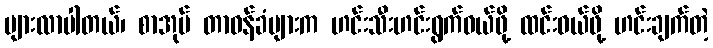
များလာပါတယ်၊ စာအုပ် တာဝန်ခံများက ဟင်းသီးဟင်းရွက်ဝယ်ဖို့ ထင်းဝယ်ဖို့ ဟင်းချက်တဲ့